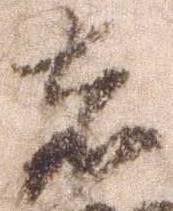
者